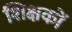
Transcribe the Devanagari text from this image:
शिक्षकों